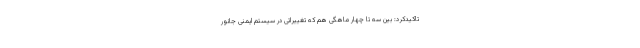
تاکیدکرد: بین سه تا چهار ماهگی هم که تغییراتی در سیستم ایمنی جانور